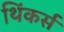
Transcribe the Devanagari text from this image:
थिंकर्स